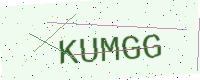
Text: KUMGG